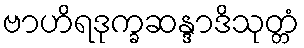
ဗာဟိရဒုက္ခဆန္ဒာဒိသုတ္တံ